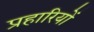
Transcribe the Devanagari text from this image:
प्रहारियों